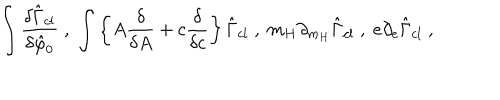
\int \frac { \delta \hat { \Gamma } _ { c l } } { \delta \hat { \varphi } _ { 0 } } \; , \; \int \left\{ A \frac { \delta } { \delta A } + c \frac { \delta } { \delta c } \right\} \hat { \Gamma } _ { c l } \; , \; m _ { H } \partial _ { m _ { H } } \hat { \Gamma } _ { c l } \; , \; e \partial _ { e } \hat { \Gamma } _ { c l } \; ,